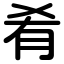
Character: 肴